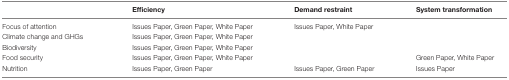
<table><thead><tr><td></td><td><b>Efficiency</b></td><td><b>Demand restraint</b></td><td><b>System transformation</b></td></tr></thead><tbody><tr><td>Focus of attention</td><td>Issues Paper, Green Paper, White Paper</td><td>Issues Paper, White Paper</td><td></td></tr><tr><td>Climate change and GHGs</td><td>Issues Paper, Green Paper, White Paper</td><td></td><td></td></tr><tr><td>Biodiversity</td><td>Issues Paper, Green Paper, White Paper</td><td></td><td></td></tr><tr><td>Food security</td><td>Issues Paper, Green Paper, White Paper</td><td></td><td>Green Paper, White Paper</td></tr><tr><td>Nutrition</td><td>Issues Paper, Green Paper</td><td>Issues Paper, Green Paper</td><td>Issues Paper</td></tr></tbody></table>